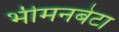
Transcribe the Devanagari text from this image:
भीमनबेटा